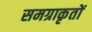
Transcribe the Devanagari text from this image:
समग्राकृतों